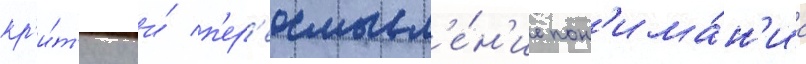
кр'и́т'ику и́ п'ер'еосмысл'е́н'ие пон'има́н'иа